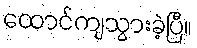
ထောင်ကျသွားခဲ့ပြီ။